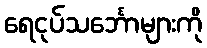
ရေငုပ်သင်္ဘောများကို